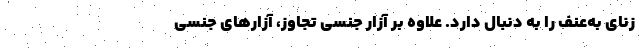
زنای به‌عنف را به دنبال دارد. علاوه بر آزار جنسی تجاوز، آزارهای جنسی